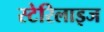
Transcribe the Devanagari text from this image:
स्टेरिलाइज